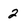
Character: 2